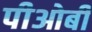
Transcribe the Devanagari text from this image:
पीओबी